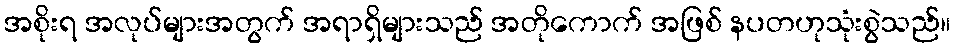
အစိုးရ အလုပ်များအတွက် အရာရှိများသည် အတိုကောက် အဖြစ် နပတဟုသုံးစွဲသည်။